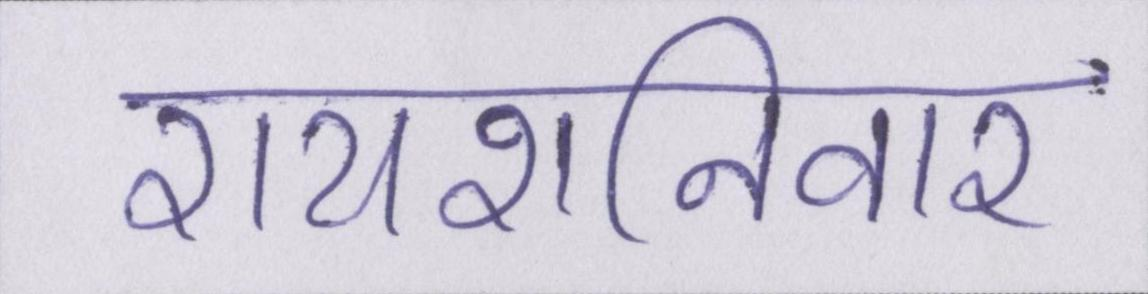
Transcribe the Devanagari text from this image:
रायशनिवार